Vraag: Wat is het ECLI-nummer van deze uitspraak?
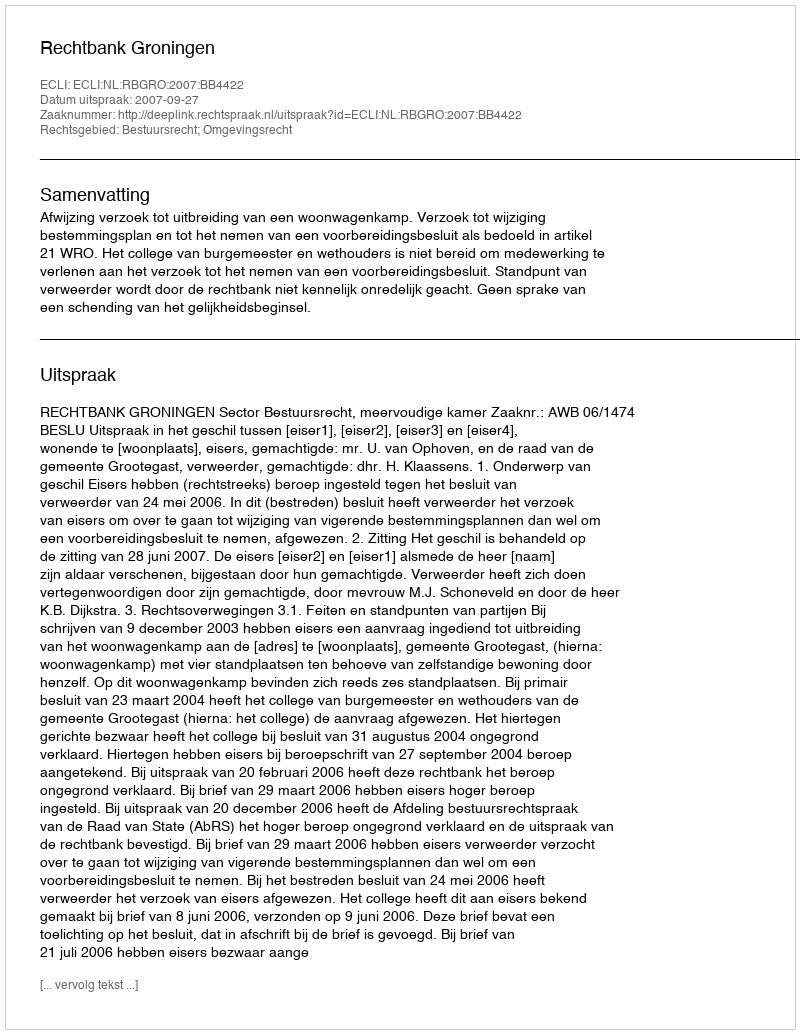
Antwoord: ECLI:NL:RBGRO:2007:BB4422